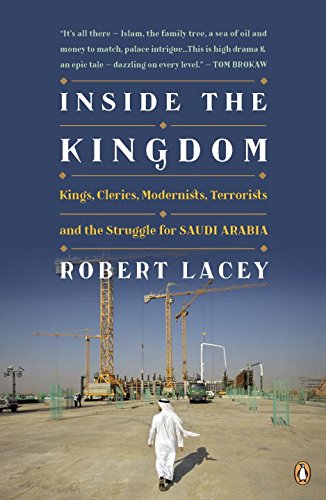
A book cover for Inside the Kingdom: Kings, Clerics, Modernists, Terrorists, and the Struggle for Saudi Arabia; Robert Lacey; History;